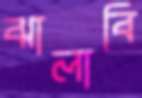
ঝালাবি